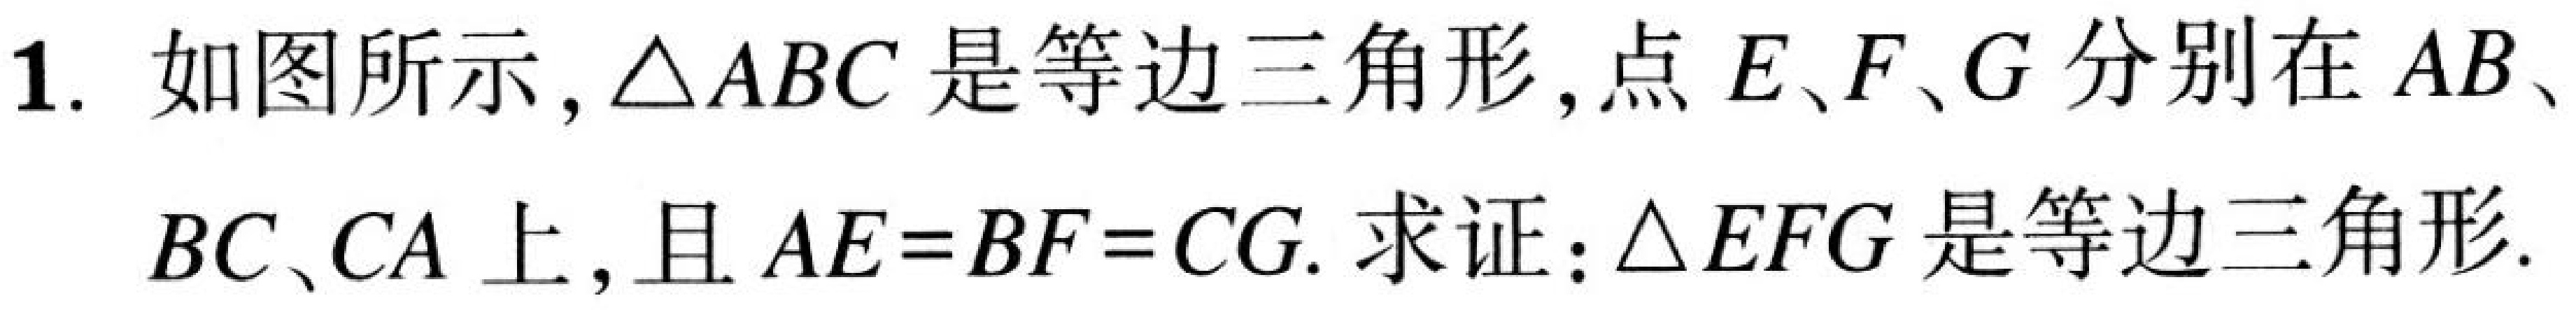
1. 如图所示，$\triangle ABC$是等边三角形，点$E、F、G$分别在$AB、BC、CA$上，且$AE = BF = CG$. 求证：$\triangle EFG$是等边三角形.